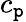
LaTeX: c_{\mathtt{p}}